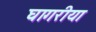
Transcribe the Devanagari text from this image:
घागरीया